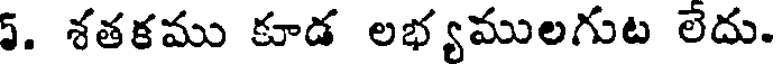
5. శతకము కూడ లభ్యములగుట లేదు.